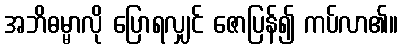
အဘိဓမ္မာလို ပြောရလျှင် ဇောပြန်၍ ကပ်လာ၏။